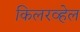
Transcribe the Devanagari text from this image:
किलरव्हेल